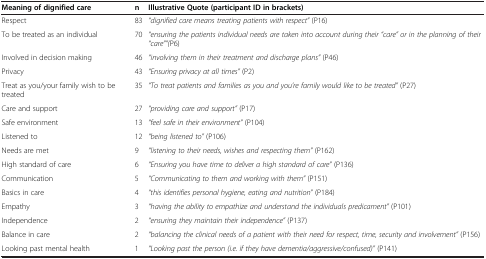
<table><thead><tr><td><b>Meaning of dignified care</b></td><td><b>n</b></td><td><b>Illustrative Quote (participant ID in brackets)</b></td></tr></thead><tbody><tr><td>Respect</td><td>83</td><td><i>“dignified care means treating patients with respect”</i> (P16)</td></tr><tr><td>To be treated as an individual</td><td>70</td><td><i>“ensuring the patients individual needs are taken into account during their “care” or in the planning of their “care””(</i>P6)</td></tr><tr><td>Involved in decision making</td><td>46</td><td><i>“involving them in their treatment and discharge plans”</i> (P46)</td></tr><tr><td>Privacy</td><td>43</td><td><i>“Ensuring privacy at all times”</i> (P2)</td></tr><tr><td>Treat as you/your family wish to be treated</td><td>35</td><td><i>“To treat patients and families as you and you’re family would like to be treated”</i> (P27)</td></tr><tr><td>Care and support</td><td>27</td><td><i>“providing care and support”</i> (P17)</td></tr><tr><td>Safe environment</td><td>13</td><td><i>“feel safe in their environment”</i> (P104)</td></tr><tr><td>Listened to</td><td>12</td><td><i>“being listened to”</i> (P106)</td></tr><tr><td>Needs are met</td><td>9</td><td><i>“listening to their needs, wishes and respecting them”</i> (P162)</td></tr><tr><td>High standard of care</td><td>6</td><td><i>“Ensuring you have time to deliver a high standard of care”</i> (P136)</td></tr><tr><td>Communication</td><td>5</td><td><i>“Communicating to them and working with them”</i> (P151)</td></tr><tr><td>Basics in care</td><td>4</td><td><i>“this identifies personal hygiene, eating and nutrition”</i> (P184)</td></tr><tr><td>Empathy</td><td>3</td><td><i>“having the ability to empathize and understand the individuals predicament”</i> (P101)</td></tr><tr><td>Independence</td><td>2</td><td><i>“ensuring they maintain their independence”</i> (P137)</td></tr><tr><td>Balance in care</td><td>2</td><td><i>“balancing the clinical needs of a patient with their need for respect, time, security and involvement”</i> (P156)</td></tr><tr><td>Looking past mental health</td><td>1</td><td><i>“Looking past the person (i.e. if they have dementia/aggressive/confused)”</i> (P141)</td></tr></tbody></table>